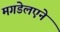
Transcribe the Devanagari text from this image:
मगडेलएने